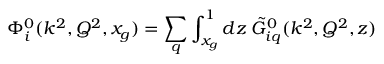
\Phi _ { i } ^ { 0 } ( k ^ { 2 } , Q ^ { 2 } , x _ { g } ) = \sum _ { q } \int _ { x _ { g } } ^ { 1 } d z \; \tilde { G } _ { i q } ^ { 0 } ( k ^ { 2 } , Q ^ { 2 } , z )